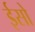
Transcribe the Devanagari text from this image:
ईसो